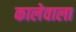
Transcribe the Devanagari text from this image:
कालेवाला